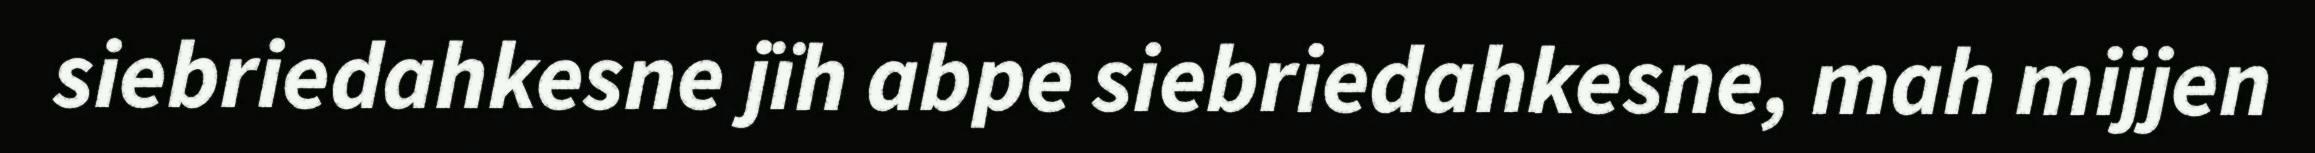
siebriedahkesne jïh abpe siebriedahkesne, mah mijjen